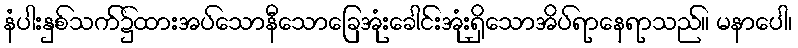
နံပါးနှစ်သက်၌ထားအပ်သောနီသောခြေအုံးခေါင်းအုံးရှိသောအိပ်ရာနေရာသည်။ မနာပေါ၊